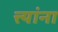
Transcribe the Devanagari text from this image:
त्त्यांना